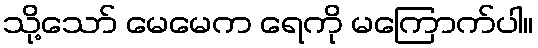
သို့သော် မေမေက ရေကို မကြောက်ပါ။